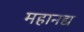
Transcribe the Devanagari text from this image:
महानद्य